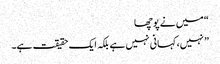
“ میں نے پوچھا
” نہیں، کہانی نہیں ہے بلکہ ایک حقیقت ہے۔